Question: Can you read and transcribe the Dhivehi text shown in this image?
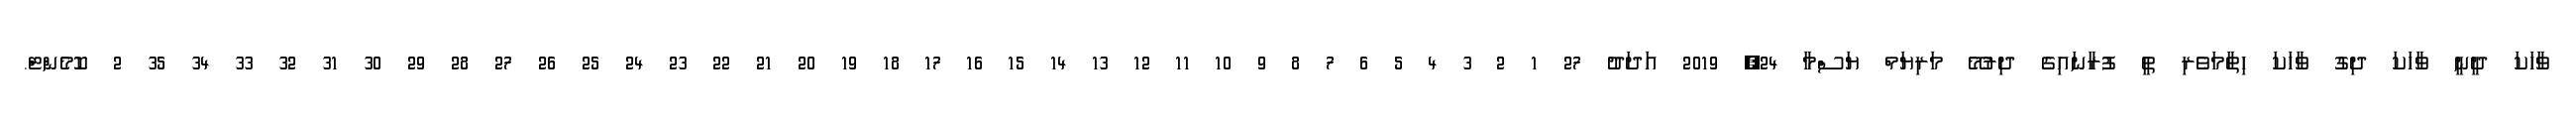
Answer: ވާހަކަ ދީނީ ވާހަކަ ދިގު ވާހަކަ ހިތާމަވެރި ތީ ފުރާނައިގެ ދިރުމޭ މަރިޔަމް ޔަސްމާ 24, 2019 އަދަދު 27 1 2 3 4 5 6 7 8 9 10 11 12 13 14 15 16 17 18 19 20 21 22 23 24 25 26 27 28 29 30 31 32 33 34 35 2 ކޮމެންޓް.